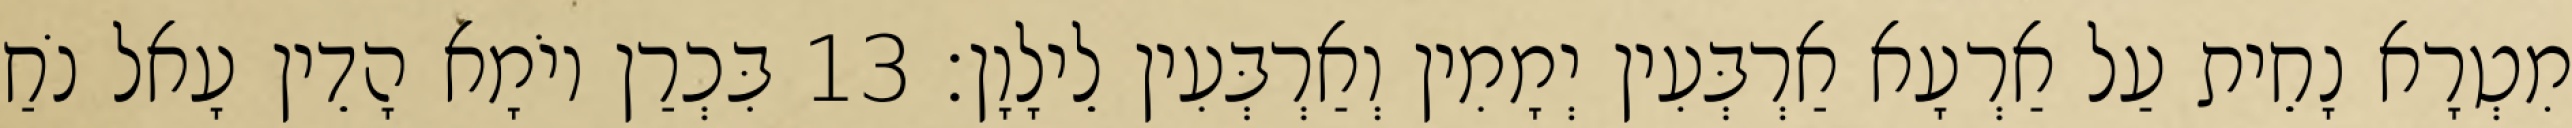
מִטְרָא נָחֵית עַל אַרְעָא אַרְבְּעִין יְמָמִין וְאַרְבְּעִין לֵילָוָן׃ 13 בִּכְרַן יוֹמָא הָדֵין עָאל נֹחַ